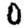
Digit: 0